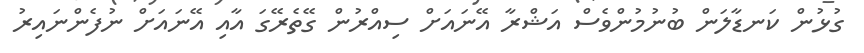
ގުޅުން ކަނޑާލަން ބުނުމުންވެސް އަޝްރާ އޭނައަށް ސިއްރުން ގޭތެރޭގަ އާއި އޭނައަށް ނުފެންނައިރު